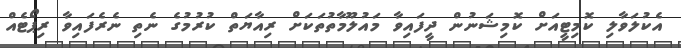
އެކުލަވާލި ކޮމިޓީއަށް ކޮމިޝަނުން ދީފައިވާ މައުލޫމާތުތަކަށް ރިއާޔަތް ކުރުމުގެ ނެތި ނެރެފައިވާ ރިޕޯޓެއް